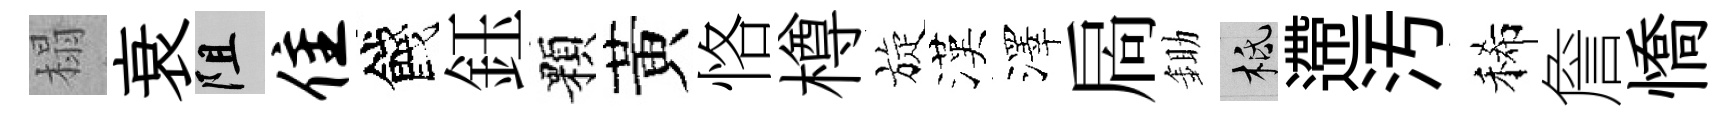
榻衰阻隹餞鈺顆黃恪樽旋漢澤扄鋤柢遰汚稀詹憍